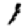
Digit: 1